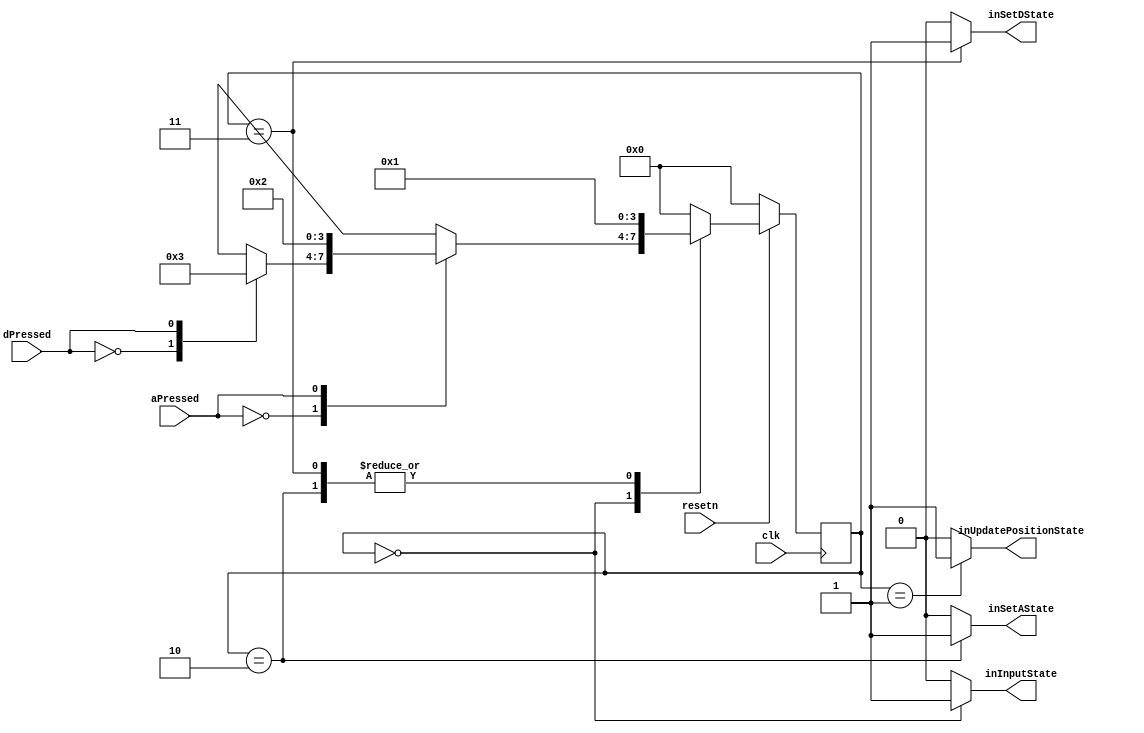
module playerMovementFSM(clk, resetn, inInputState, inUpdatePositionState, inSetAState, inSetDState, aPressed, dPressed);
	input clk, resetn, aPressed, dPressed;
	
	output reg inInputState, inUpdatePositionState, inSetAState, inSetDState;

	reg [3:0] current_state, next_state;
	
	localparam S_INPUT = 4'd0,
				  S_UPDATE_POSITION = 4'd1,
				  S_SET_A = 4'd2,
				  S_SET_D = 4'd3;

	always@(*)
    begin: state_table 
            case (current_state)
					S_INPUT: begin
						case (aPressed)
							1'b0: begin
								case (dPressed)
									1'b0: next_state = S_INPUT; 
									
									1'b1: next_state = S_SET_D;
								endcase
							end	
							1'b1: next_state = S_SET_A;
						endcase
					end	
					S_UPDATE_POSITION: next_state = S_INPUT;
					S_SET_A: next_state = S_UPDATE_POSITION;
					
					S_SET_D: next_state = S_UPDATE_POSITION;
					
            default: next_state = S_INPUT;
        endcase
    end // state_table
	 
	 
	 // Output logic aka all of our datapath control signals
    always @(*)
    begin: enable_signals
        // By default make all our signals 0
		  inInputState = 1'b0;
		  inUpdatePositionState = 1'b0;
		  inSetAState = 1'b0;
		  inSetDState = 1'b0;

        case (current_state)
				S_INPUT: inInputState = 1'b1; 
				S_UPDATE_POSITION: inUpdatePositionState = 1'b1;
				S_SET_A: inSetAState = 1'b1;
				S_SET_D: inSetDState = 1'b1;
				
        // default:    // don't need default since we already made sure all of our outputs were assigned a value at the start of the always block
        endcase
    end // enable_signals
	 
	 always@(posedge clk)
    begin: state_FFs
        if (resetn == 1'b0) begin
            current_state <= S_INPUT;
        end
        else begin
			  current_state <= next_state;
		  end // state_FFS
	 end
endmodule